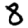
Digit: 8